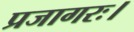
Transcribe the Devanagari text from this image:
प्रजागरः।